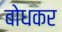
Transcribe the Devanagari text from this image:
बोधकर